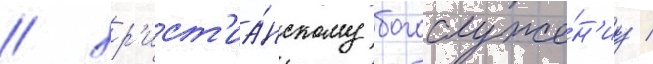
/ хр'ист'иа́нскому богослуже́н'иу /